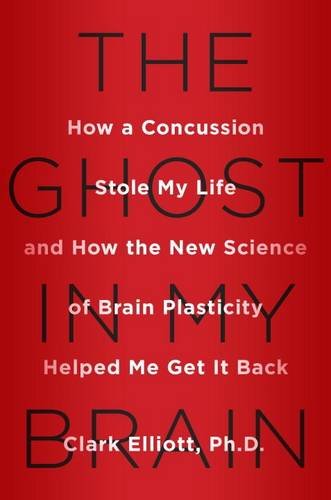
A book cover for The Ghost in My Brain: How a Concussion Stole My Life and How the New Science of Brain Plasticity Helped Me Get it Back; Clark Elliott; Health, Fitness & Dieting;